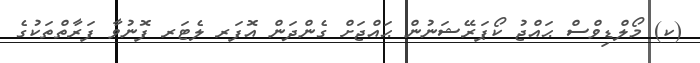
(ކ) މޯލްޑިވްސް ޙައްޖު ކޯޕަރޭޝަނުން ޙައްޖަށް ގެންދަން އޮފަރ ލެޓަރ ފޮނުވާ ފަރާތްތަކުގެ